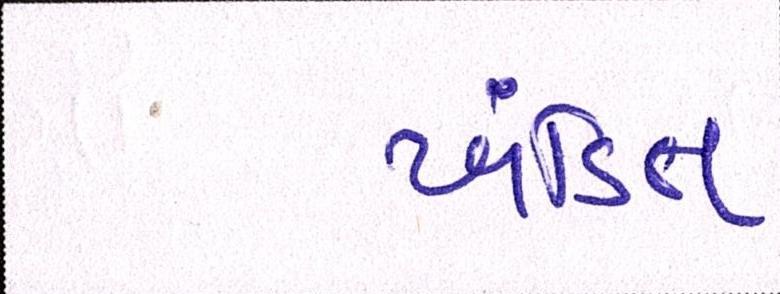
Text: ખંડિત